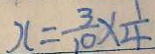
x = \frac { 3 } { 1 0 } \times \frac { 1 } { 4 }